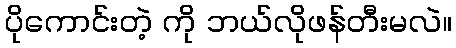
ပိုကောင်းတဲ့ ကို ဘယ်လိုဖန်တီးမလဲ။